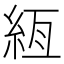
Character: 絚